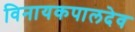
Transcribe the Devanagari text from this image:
विनायकपालदेव